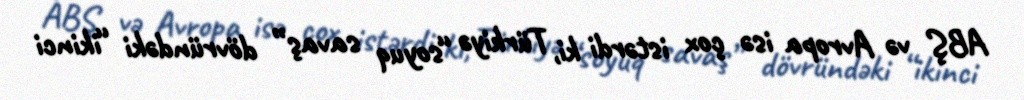
ABŞ və Avropa isə çox istərdi ki, Türkiyə “soyuq savaş” dövründəki “ikinci